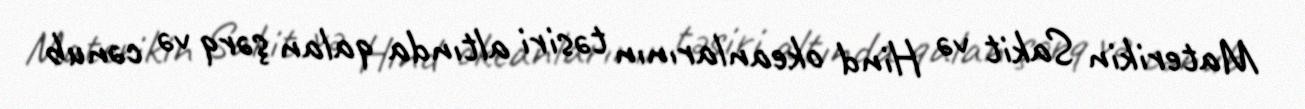
Materikin Sakit və Hind okeanlarının təsiri altında qalan şərq və cənub